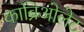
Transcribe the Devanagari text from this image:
काब्रिओलेट